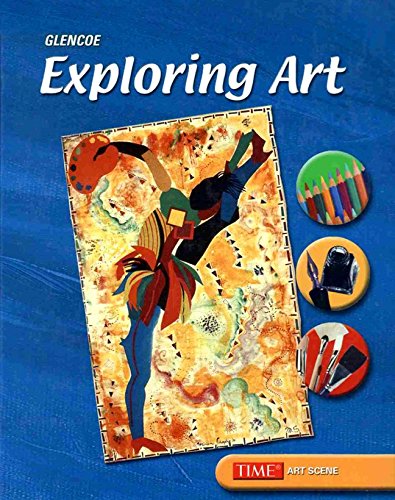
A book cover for Exploring Art, Student Edition; McGraw-Hill Education; Teen & Young Adult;